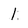
Character: 1